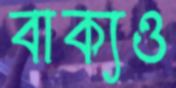
বাক্যও